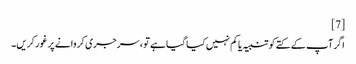
[7]
اگر آپ کے کتے کو تنبیہ یا کم نہیں کیا گیا ہے تو ، سرجری کروانے پر غور کریں۔